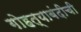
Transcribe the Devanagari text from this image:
गोहत्याबंदीची